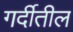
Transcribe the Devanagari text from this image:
गर्दीतील